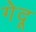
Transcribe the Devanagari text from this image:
गेदू